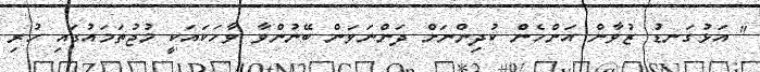
" އަޅުގަނޑު ޒުވާން އަންހެން ކުދިންނަށް ދަންނަވަން ބޭނުންވާ ވާހަކައަކީ މުޖުތަމައުގައި ހުރި